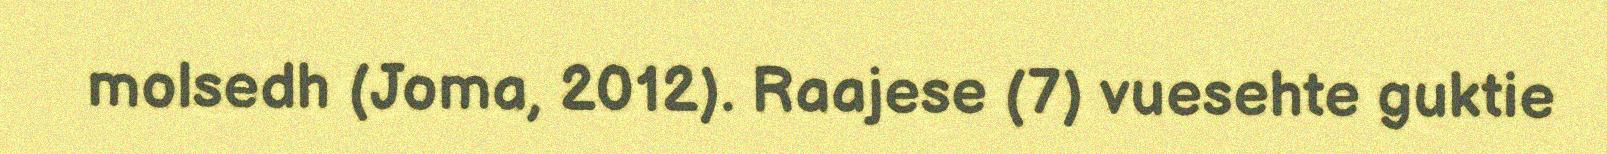
molsedh (Joma, 2012). Raajese (7) vuesehte guktie